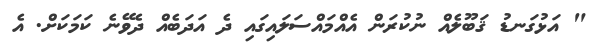
" އަޅުގަނޑު ޤަބޫލެއް ނުކުރަން އެއްމައްސަލައިގައި ދެ އަދަބެއް ދެވޭނެ ކަމަކަށް. އެ